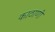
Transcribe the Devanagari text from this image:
काठाणी